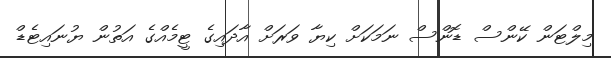
މިލްޓަން ކޭންސް ޑޮންސް ނަމަކަށް ކިޔާ ވަރަށް އާދައިގެ ޓީމެއްގެ އަތުން ޔުނައިޓެޑް